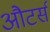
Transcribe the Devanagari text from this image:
औटर्स